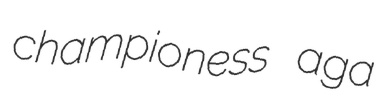
championess aga